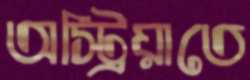
অস্ট্রিয়াতে